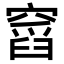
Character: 𥧹